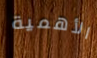
الأهمية